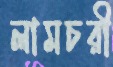
লামচরী